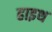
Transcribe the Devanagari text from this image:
हाइथ